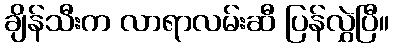
ချိန်သီးက လာရာလမ်းဆီ ပြန်လွှဲပြီ။